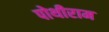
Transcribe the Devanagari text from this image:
पोथीराम